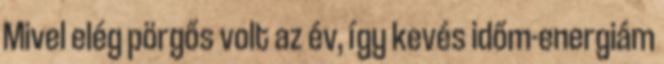
Mivel elég pörgős volt az év, így kevés időm-energiám